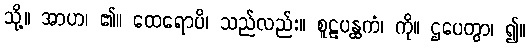
သို့။ အာဟ၊ ၏။ ထေရောပိ၊ သည်လည်း။ စူဠပန္ထကံ၊ ကို။ ဌပေတွာ၊ ၍။